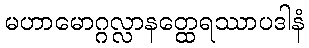
မဟာမောဂ္ဂလ္လာနတ္ထေရဿာပဒါနံ